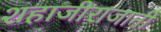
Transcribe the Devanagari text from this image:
शहाजीराजानी